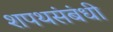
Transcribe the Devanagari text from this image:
शपथसंबंधी